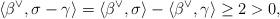
LaTeX: \begin{align*}\langle \beta^\vee, \sigma - \gamma \rangle = \langle \beta^\vee, \sigma \rangle - \langle \beta^\vee, \gamma \rangle \ge 2 > 0,\end{align*}